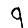
Digit: 9